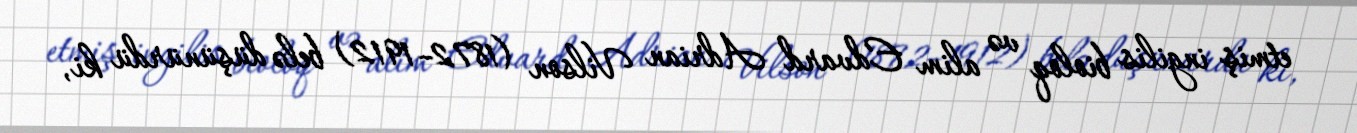
etmiş ingilis bioloq və alim Edvard Adrian Vilson (1872–1912) belə düşünürdü ki,